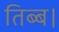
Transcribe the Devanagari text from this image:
तिब्ब।